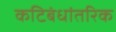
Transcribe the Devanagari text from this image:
कटिबंधांतरिक